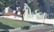
ટોકા